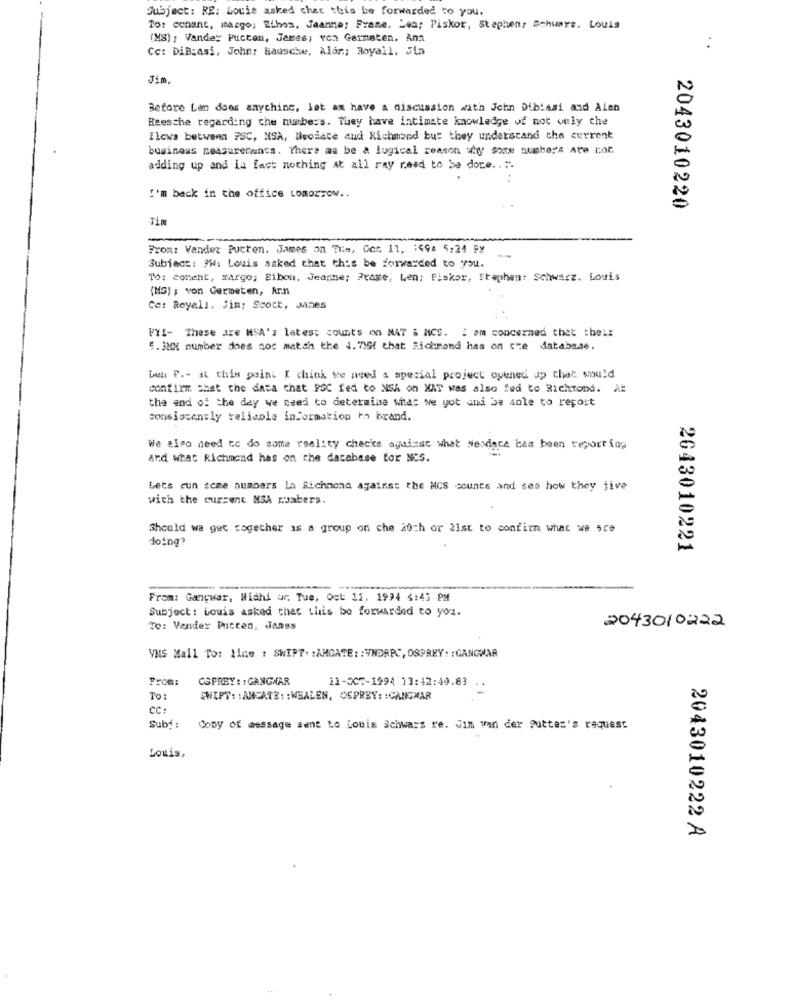
Subject: RE: Louie asked chat this be forwarded to you.
To: cenant, mazgo, Eihom, Jaanna; Frame, Lea; Piskor, Stephen; Schwarz. Louis
(MS) ; Vandey Pucten, James; von Germeten, Ana
Cc: DiBiasi, John: Hadsche, Alan; Royail, Sia
Jin.
Before Len does anything, let ax have a discussion with John Dibiasi and Alen
Heesche regarding the numbers. They have intimate knowledge of not ouly che
Elewa between FSC, MSA, leciate and Richmond but they understand the current
business measurerancs. There ma be a logical reason why some numbers Are con
adding up and ia fact nothing at all ray need to be done ....
I'm back in the office tomorrow ..
2043010220
Tim
From: Vander Putten, James on Tim, Cor. 11, : 494 5:24 Py
Subject: W: Louis asked that this be forwarded to you.
16: cohent, margo; Etbon. Jeanne; Praxe, Len; Piskor, Stephen: Schwarz. Louis
(MS) ; von Germeten, Arn
Cet Royall. Jim: Scott, Janes
FYI- These are MIA's latest counts on MAT & MCS. I am concerned that their
5. JMX number does soc match the 1.716{ that Richmond has on che database.
ben F .- at this point I chink we need a special project opened up that would
contirm that the data that PSC fed to NSA on XAT was also fed to Richmond. At
the end of the day we need to determine what we yot and be able to report
consistently teliaole information to brand.
We also need to do some reality checks against what Nesdata has been reporting
And what Richmond has on the database for NCS.
Lets cun some numbers in Richmond against the MCS counts and see how they jive
with the current MSA muabers.
Should wa get together as a group on che 20th or 21st to confirm what we sce
doing?
2043010221
From: Cançwar, Wishi or, Tue, Oct 11. 1994 4:45 PM
Subject : Louis asked thec this be forwarded to you.
To: Vender Putten, Jones
2043010222
VNS Mail To: line : SWIPT: : AMGATE: : VNDRPC, OSPREY : : GANGWAR
From:
OSPREY : : GANGWAR
11-305-1994 13:42:40.83 . .
To:
SWIFT: : AMGATE : : WHALEN, OFPREY: : CANGWAR
cc:
Subi :
Copy of message sent to Louis Schwarz re. Jim van der gutten's request
Louis,
2043010222 A